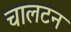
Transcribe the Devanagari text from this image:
चालटन